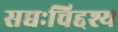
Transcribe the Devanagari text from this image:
सद्यःचिद्दश्य